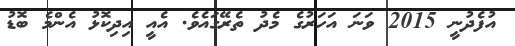
އުފެދުނީ 2015 ވަނަ އަހަރުގެ މެދު ތެރޭގައެވެ. އެއީ އިދިކޮޅު އެންމެ ބޮޑު